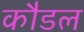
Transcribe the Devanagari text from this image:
कौडल